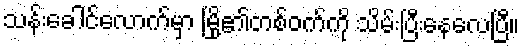
သန်းခေါင်လောက်မှာ မြို့၏တစ်ဝက်ကို သိမ်းပြီးနေလေပြီ။